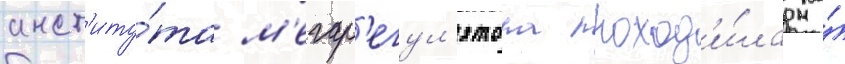
инст'иту́та м'егар'егул'ятора проход'и́ла на́